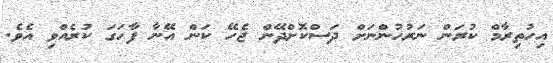
އިހުތިރާމް ކުރަން ނަރުހުންނަށް ދަސްކޮށްދޭން ޖެހޭ ކަން އޭނާ ފާހަގަ ކުރެއްވި އެވެ.